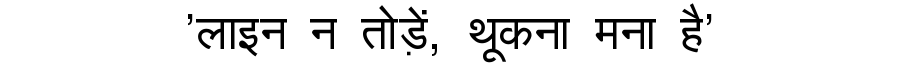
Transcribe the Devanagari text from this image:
'लाइन न तोड़ें, थूकना मना है'